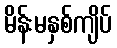
မိန်းမနှစ်ကျိပ်